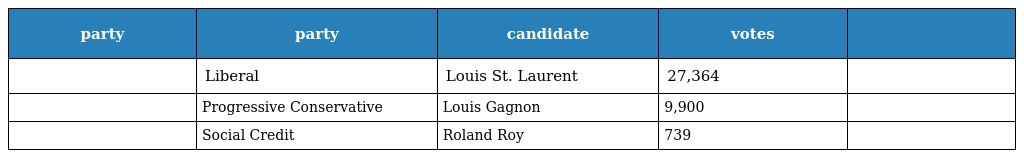
| party | party | candidate | votes |  |
 | --- | --- | --- | --- | --- |
 |  | Liberal | Louis St. Laurent | 27,364 |  |
 |  | Progressive Conservative | Louis Gagnon | 9,900 |  |
 |  | Social Credit | Roland Roy | 739 |  |